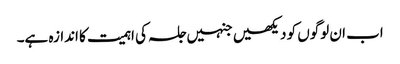
اب ان لوگوں کو دیکھیں جنہیں جلسہ کی اہمیت کا اندازہ ہے۔